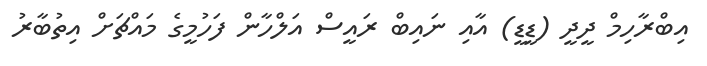
އިބްރާހިމް ދީދީ (ޑީޑީ) އާއި ނައިބް ރައީސް އަލްހާން ފަހުމީގެ މައްޗަށް އިތުބާރު